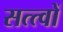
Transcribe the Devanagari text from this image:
सत्त्वों